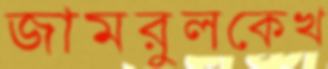
জামরুলকেখ